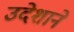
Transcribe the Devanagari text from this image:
उदेशाने